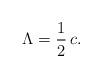
LaTeX: \begin{align*}\Lambda = \frac{1}{2}\,c.\end{align*}